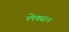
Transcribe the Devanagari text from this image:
लेक्सन